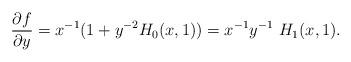
LaTeX: \begin{align*}\frac{\partial f}{\partial y} = x^{-1} (1+y^{-2}H_0(x,1))=x^{-1}y^{-1}\ H_1(x,1).\end{align*}